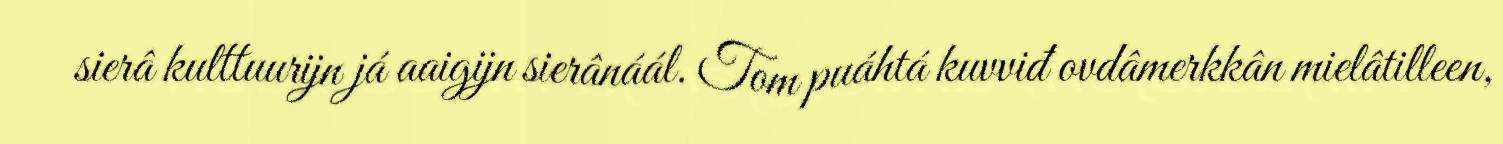
sierâ kulttuurijn já aaigijn sierânáál. Tom puáhtá kuvviđ ovdâmerkkân mielâtilleen,